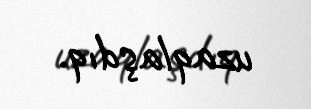
uzaqlaşdıq.